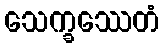
သေက္ခဿေတံ